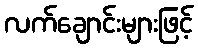
လက်ချောင်းများဖြင့်